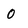
Character: 0